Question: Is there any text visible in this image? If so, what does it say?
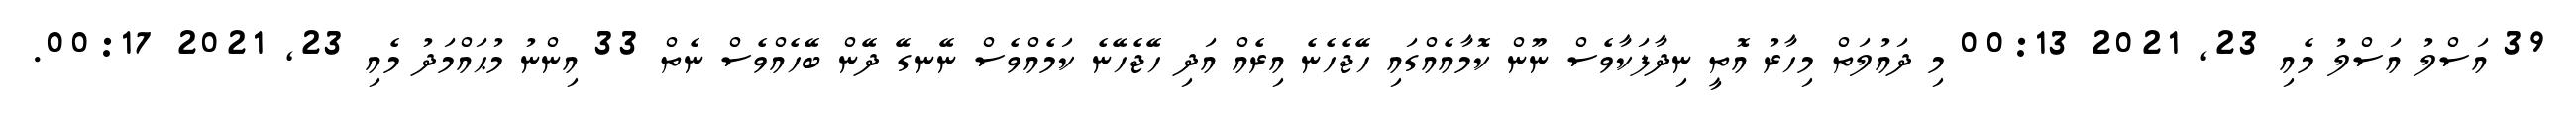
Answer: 39 އަސްލު އަސްލު މެއި 23, 2021 00:13 މި ދައުލަތް މިހާރު އޮތީ ނިދާފަކާވެސް ނޫން ކޮމާއެއްގައި ހޭޖެހެނެ އިރެއް އަދި ހޭޖެހޭނެ ކަމެއްވެސް ނޭނގޭ ދޭން ބޭހެއްވެސް ނެތް 33 އިންނު މުޙައްމަދު މެއި 23, 2021 00:17.